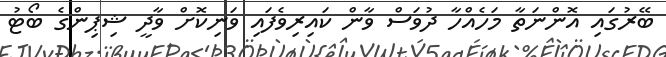
ބޭރުގައި އޮންނަތާ މަހެއްހާ ދުވަސް ވާން ކައިރިވެފައި ވަނިކޮށް ވާދީ ޝިޕިންގެ ބޯޓު